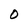
Character: O